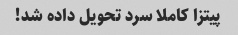
پیتزا کاملا سرد تحویل داده شد!